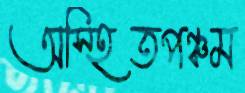
অস্হিতপঞ্চম